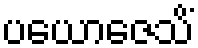
ပယောဇေသိံ